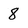
Character: 8